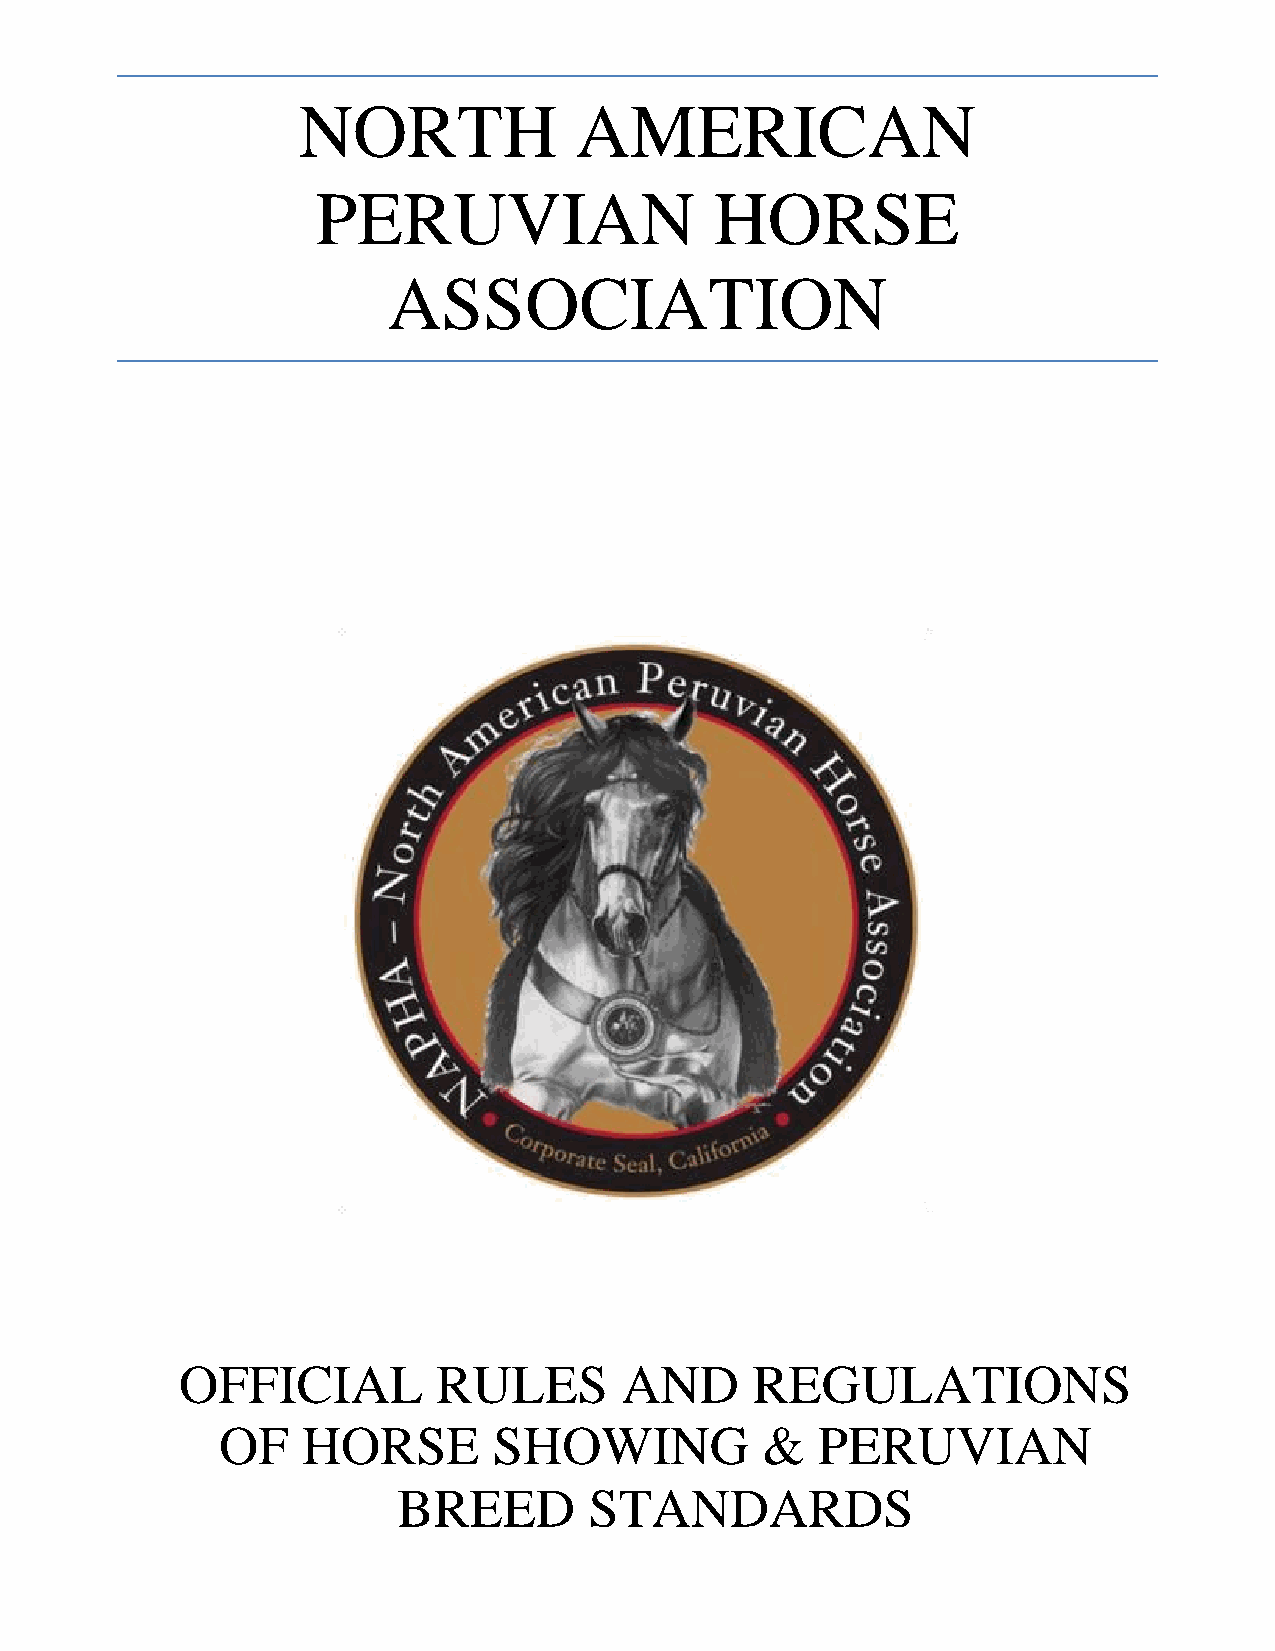
NORTH             AMERICAN
 PERUVIAN                  HORSE
 ASSOCIATION
 OFFICIAL         RULES       AND      REGULATIONS
 OF   HORSE        SHOWING          &   PERUVIAN
 BREED        STANDARDS